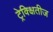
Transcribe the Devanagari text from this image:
ट्रेक्क्षितीज